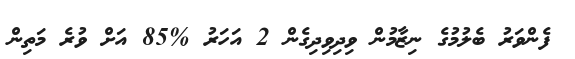
ފެންވަރު ބެލުމުގެ ނިޒާމުން ވިދިވިދިގެން 2 އަހަރު %85 އަށް ވުރެ މަތިން